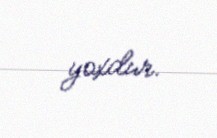
yoxdur.